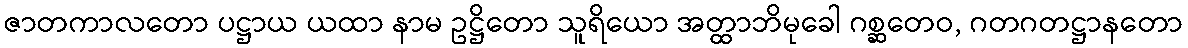
ဇာတကာလတော ပဋ္ဌာယ ယထာ နာမ ဥဋ္ဌိတော သူရိယော အတ္ထာဘိမုခေါ ဂစ္ဆတေဝ, ဂတဂတဋ္ဌာနတော